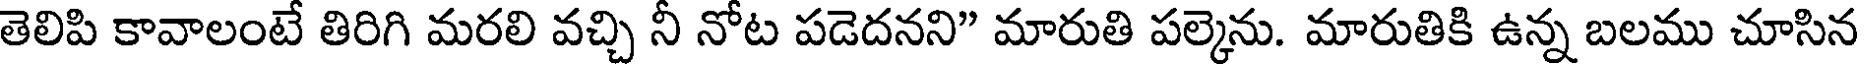
తెలిపి కావాలంటే తిరిగి మరలి వచ్చి నీ నోట పడెదనని" మారుతి పల్కెను. మారుతికి ఉన్న బలము చూసిన